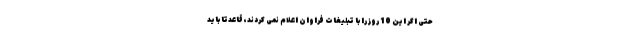
حتی اگر این 10 روز را با تبلیغات فراوان اعلام نمی کردند، قاعدتاً باید